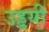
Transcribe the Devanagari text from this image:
उड्डयी